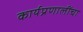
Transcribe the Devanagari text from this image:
कार्यप्रणालींचा